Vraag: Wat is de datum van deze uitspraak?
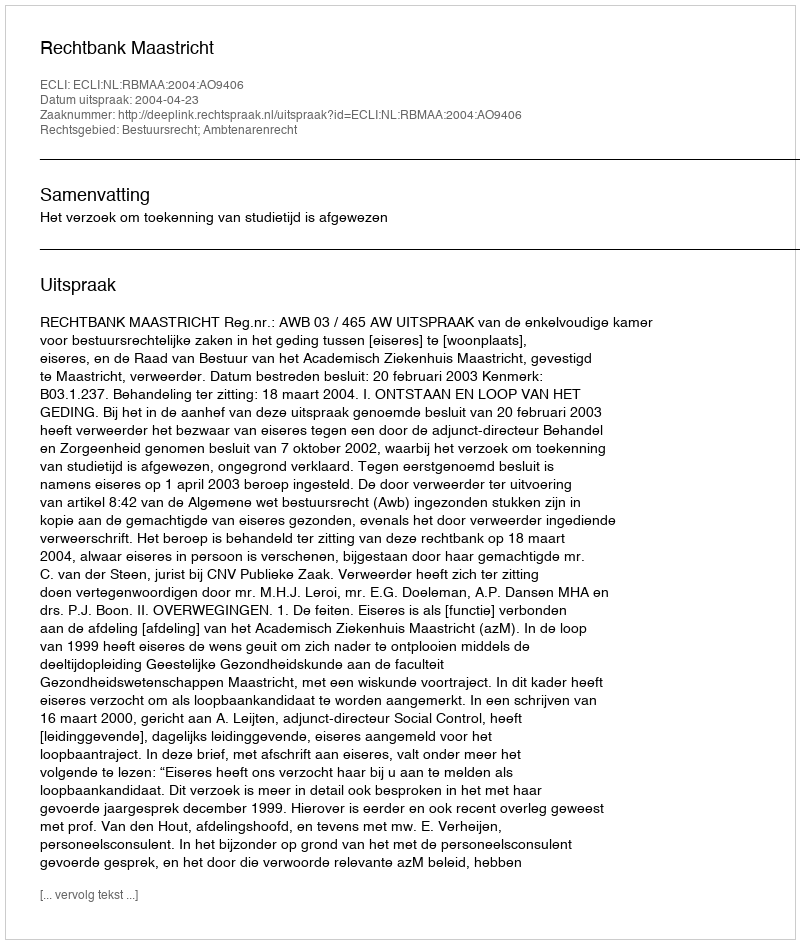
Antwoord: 2004-04-23